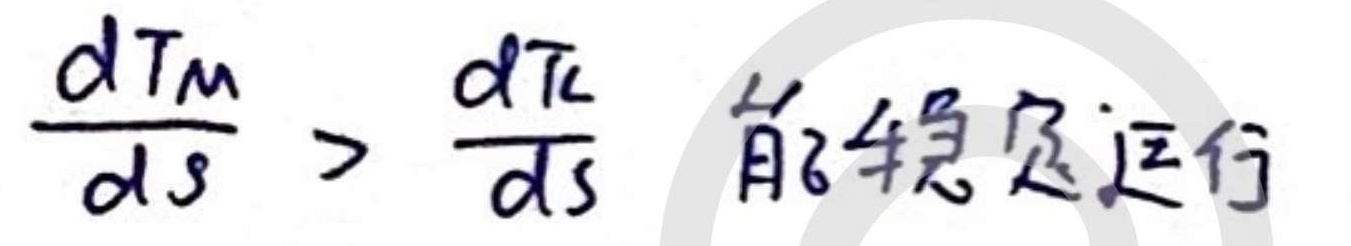
\frac{d T_M}{d s} > \frac{d T_L}{d s} 能够稳定运行